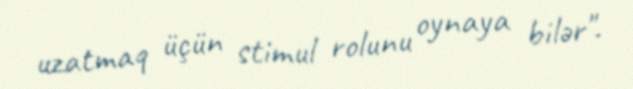
uzatmaq üçün stimul rolunu oynaya bilər".